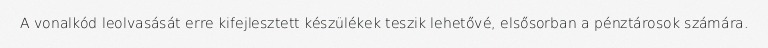
A vonalkód leolvasását erre kifejlesztett készülékek teszik lehetővé, elsősorban a pénztárosok számára.